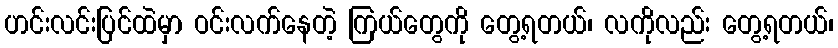
ဟင်းလင်းပြင်ထဲမှာ ဝင်းလက်နေတဲ့ ကြယ်တွေကို တွေ့ရတယ်၊ လကိုလည်း တွေ့ရတယ်၊